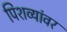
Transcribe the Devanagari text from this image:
पिशव्यांवर